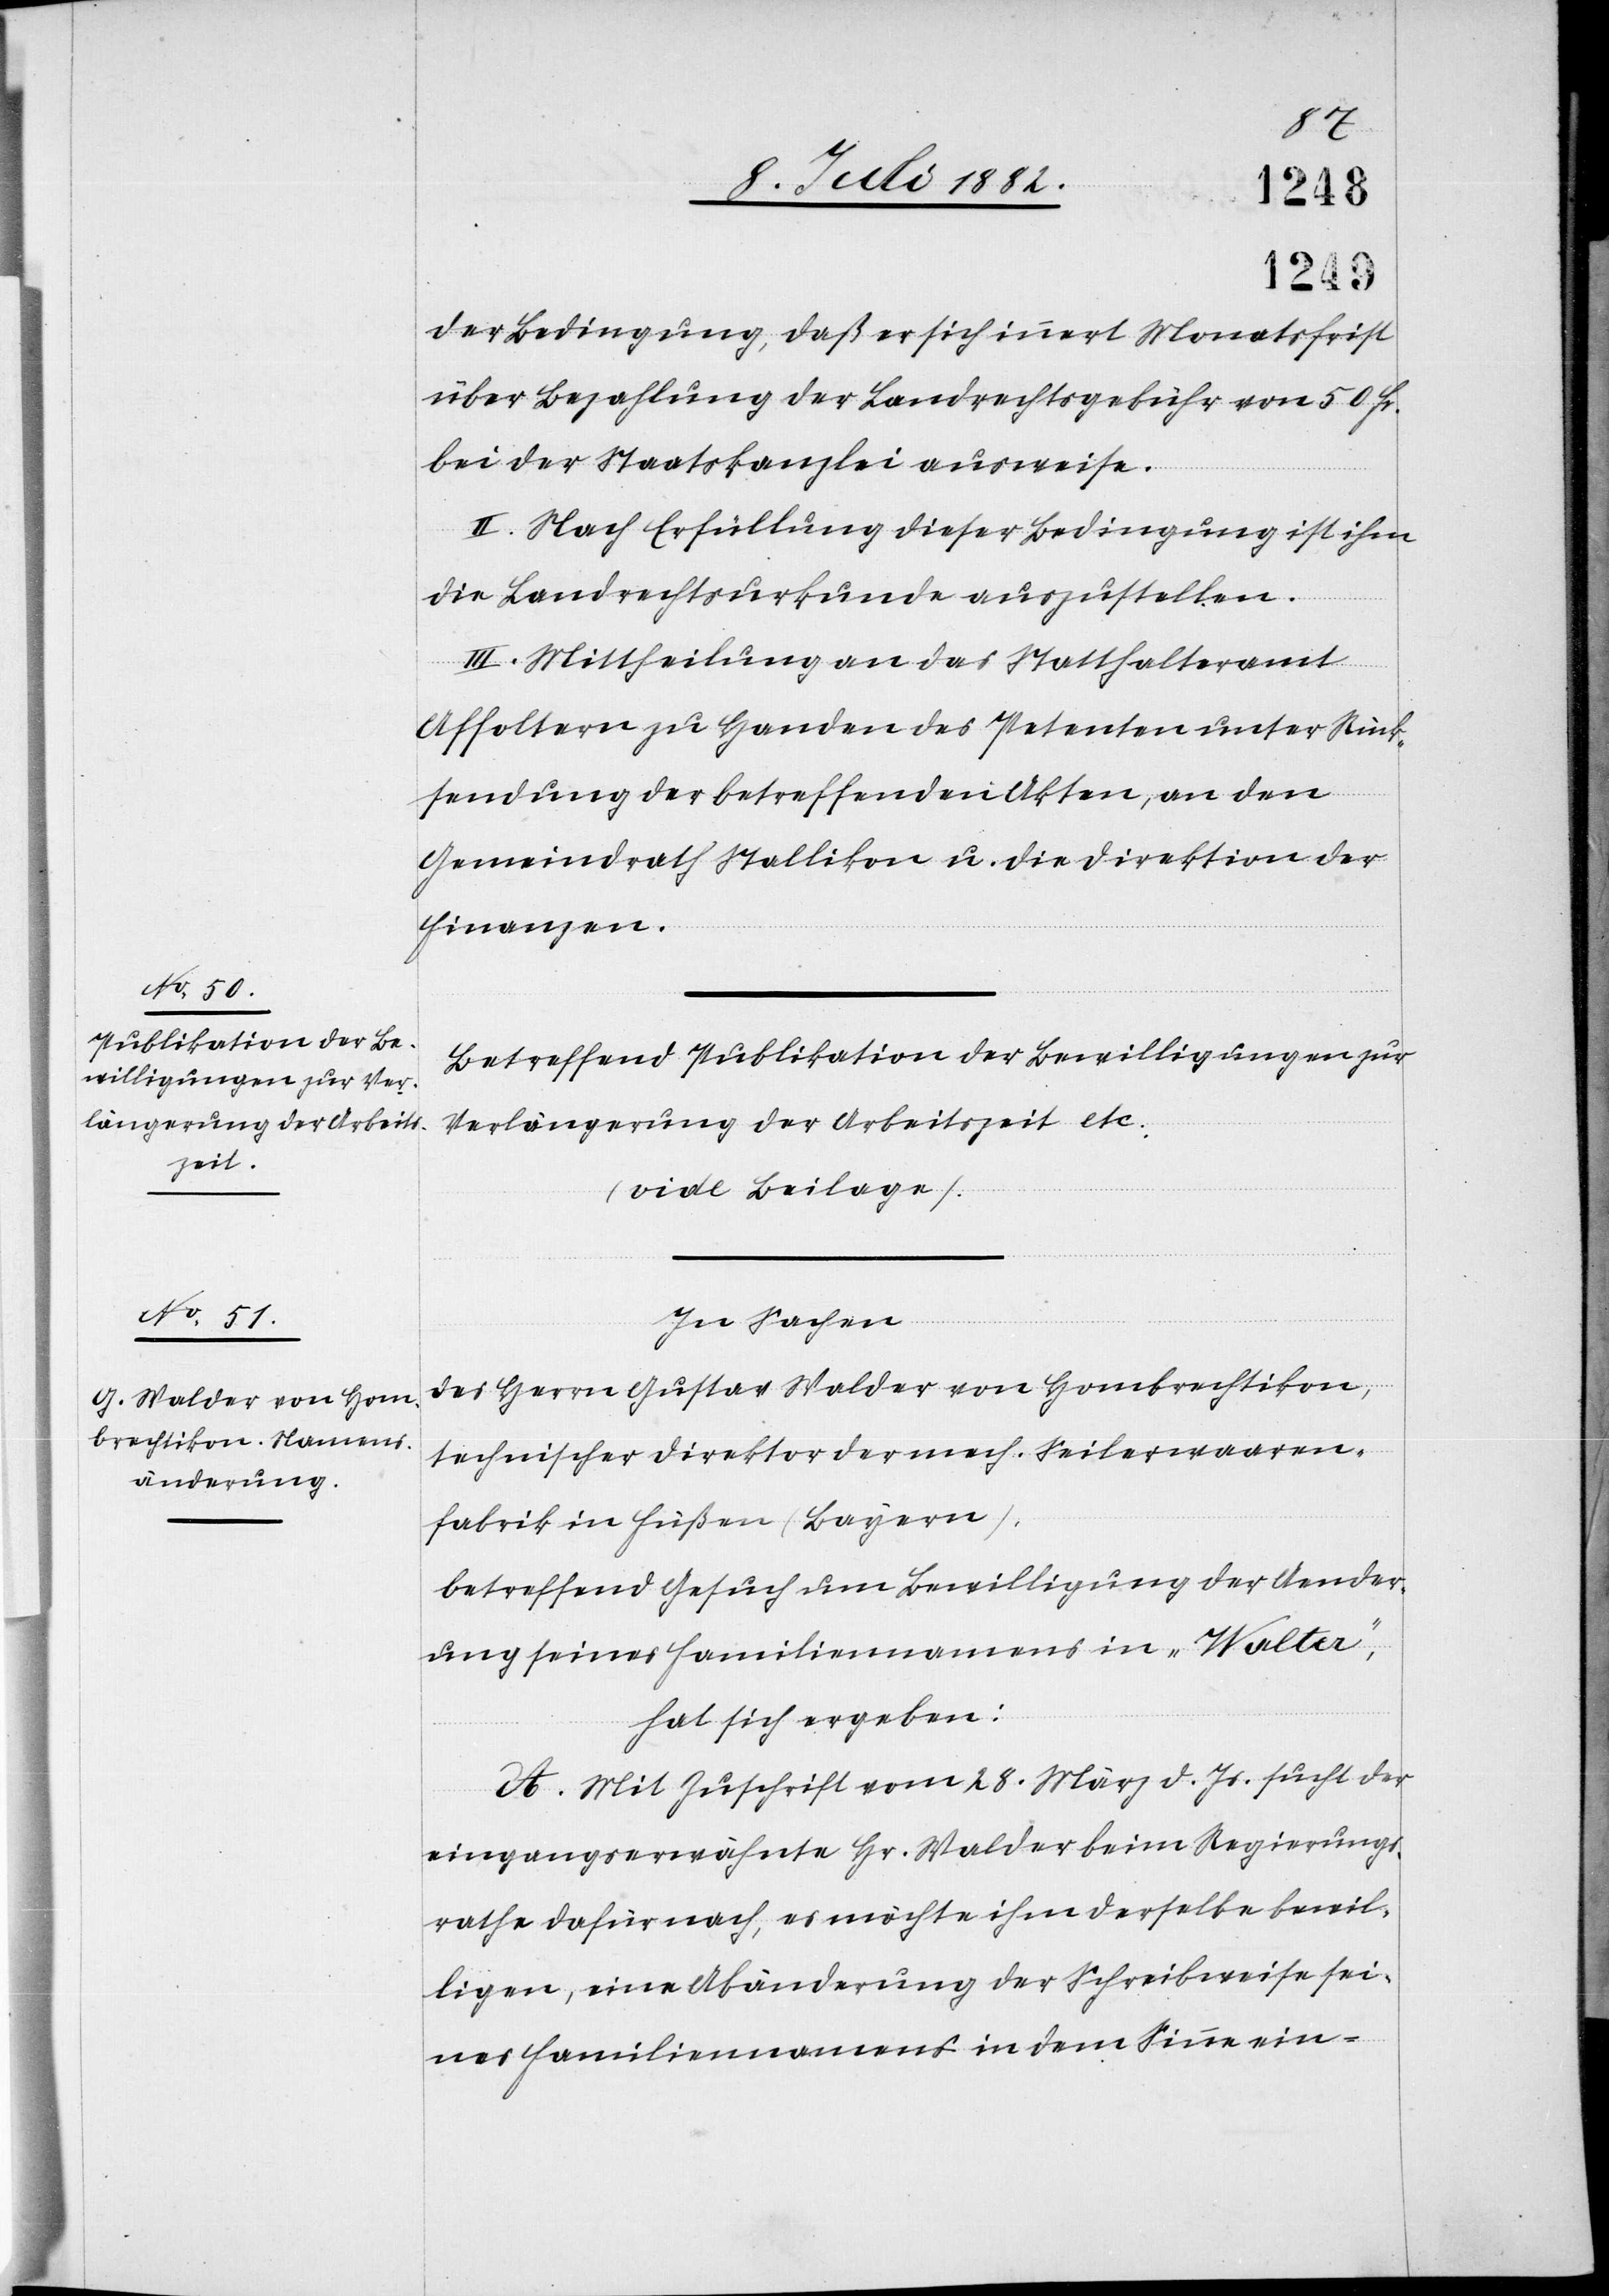
der Bedingung, daß er sich innert Monatsfrist
über Bezahlung der Landrechtsgebühr von 50 Fr.
bei der Staatskanzlei ausweise.
II. Nach Erfüllung dieser Bedingung ist ihm
die Landrechtsurkunde auszustellen.
III. Mittheilung an das Statthalteramt
Affoltern zu Handen des Petenten unter Rück¬
sendung der betreffenden Akten, an den
Gemeindrath Stallikon u. die Direktion der
Finanzen.
Betreffend Publikation der Bewilligungen zur
Verlängerung der Arbeitszeit etc.
(vide Beilage)
In Sachen
des Herrn Gustav Walder von Hombrechtikon,
technischer Direktor der mech. Seilerwaaren¬
fabrik in Füßen (Bayern),
betreffend Gesuch um Bewilligung der Aender¬
ung seines Familiennamens in „Walter“,
hat sich ergeben:
A. Mit Zuschrift vom 28. März d. Js. sucht der
eingangserwähnte Hr. Walder beim Regierungs¬
rath dafür nach, es möchte ihm derselbe bewil¬
ligen, eine Abänderung der Schreibweise sei¬
nes Familiennamens in dem Sinne ein-